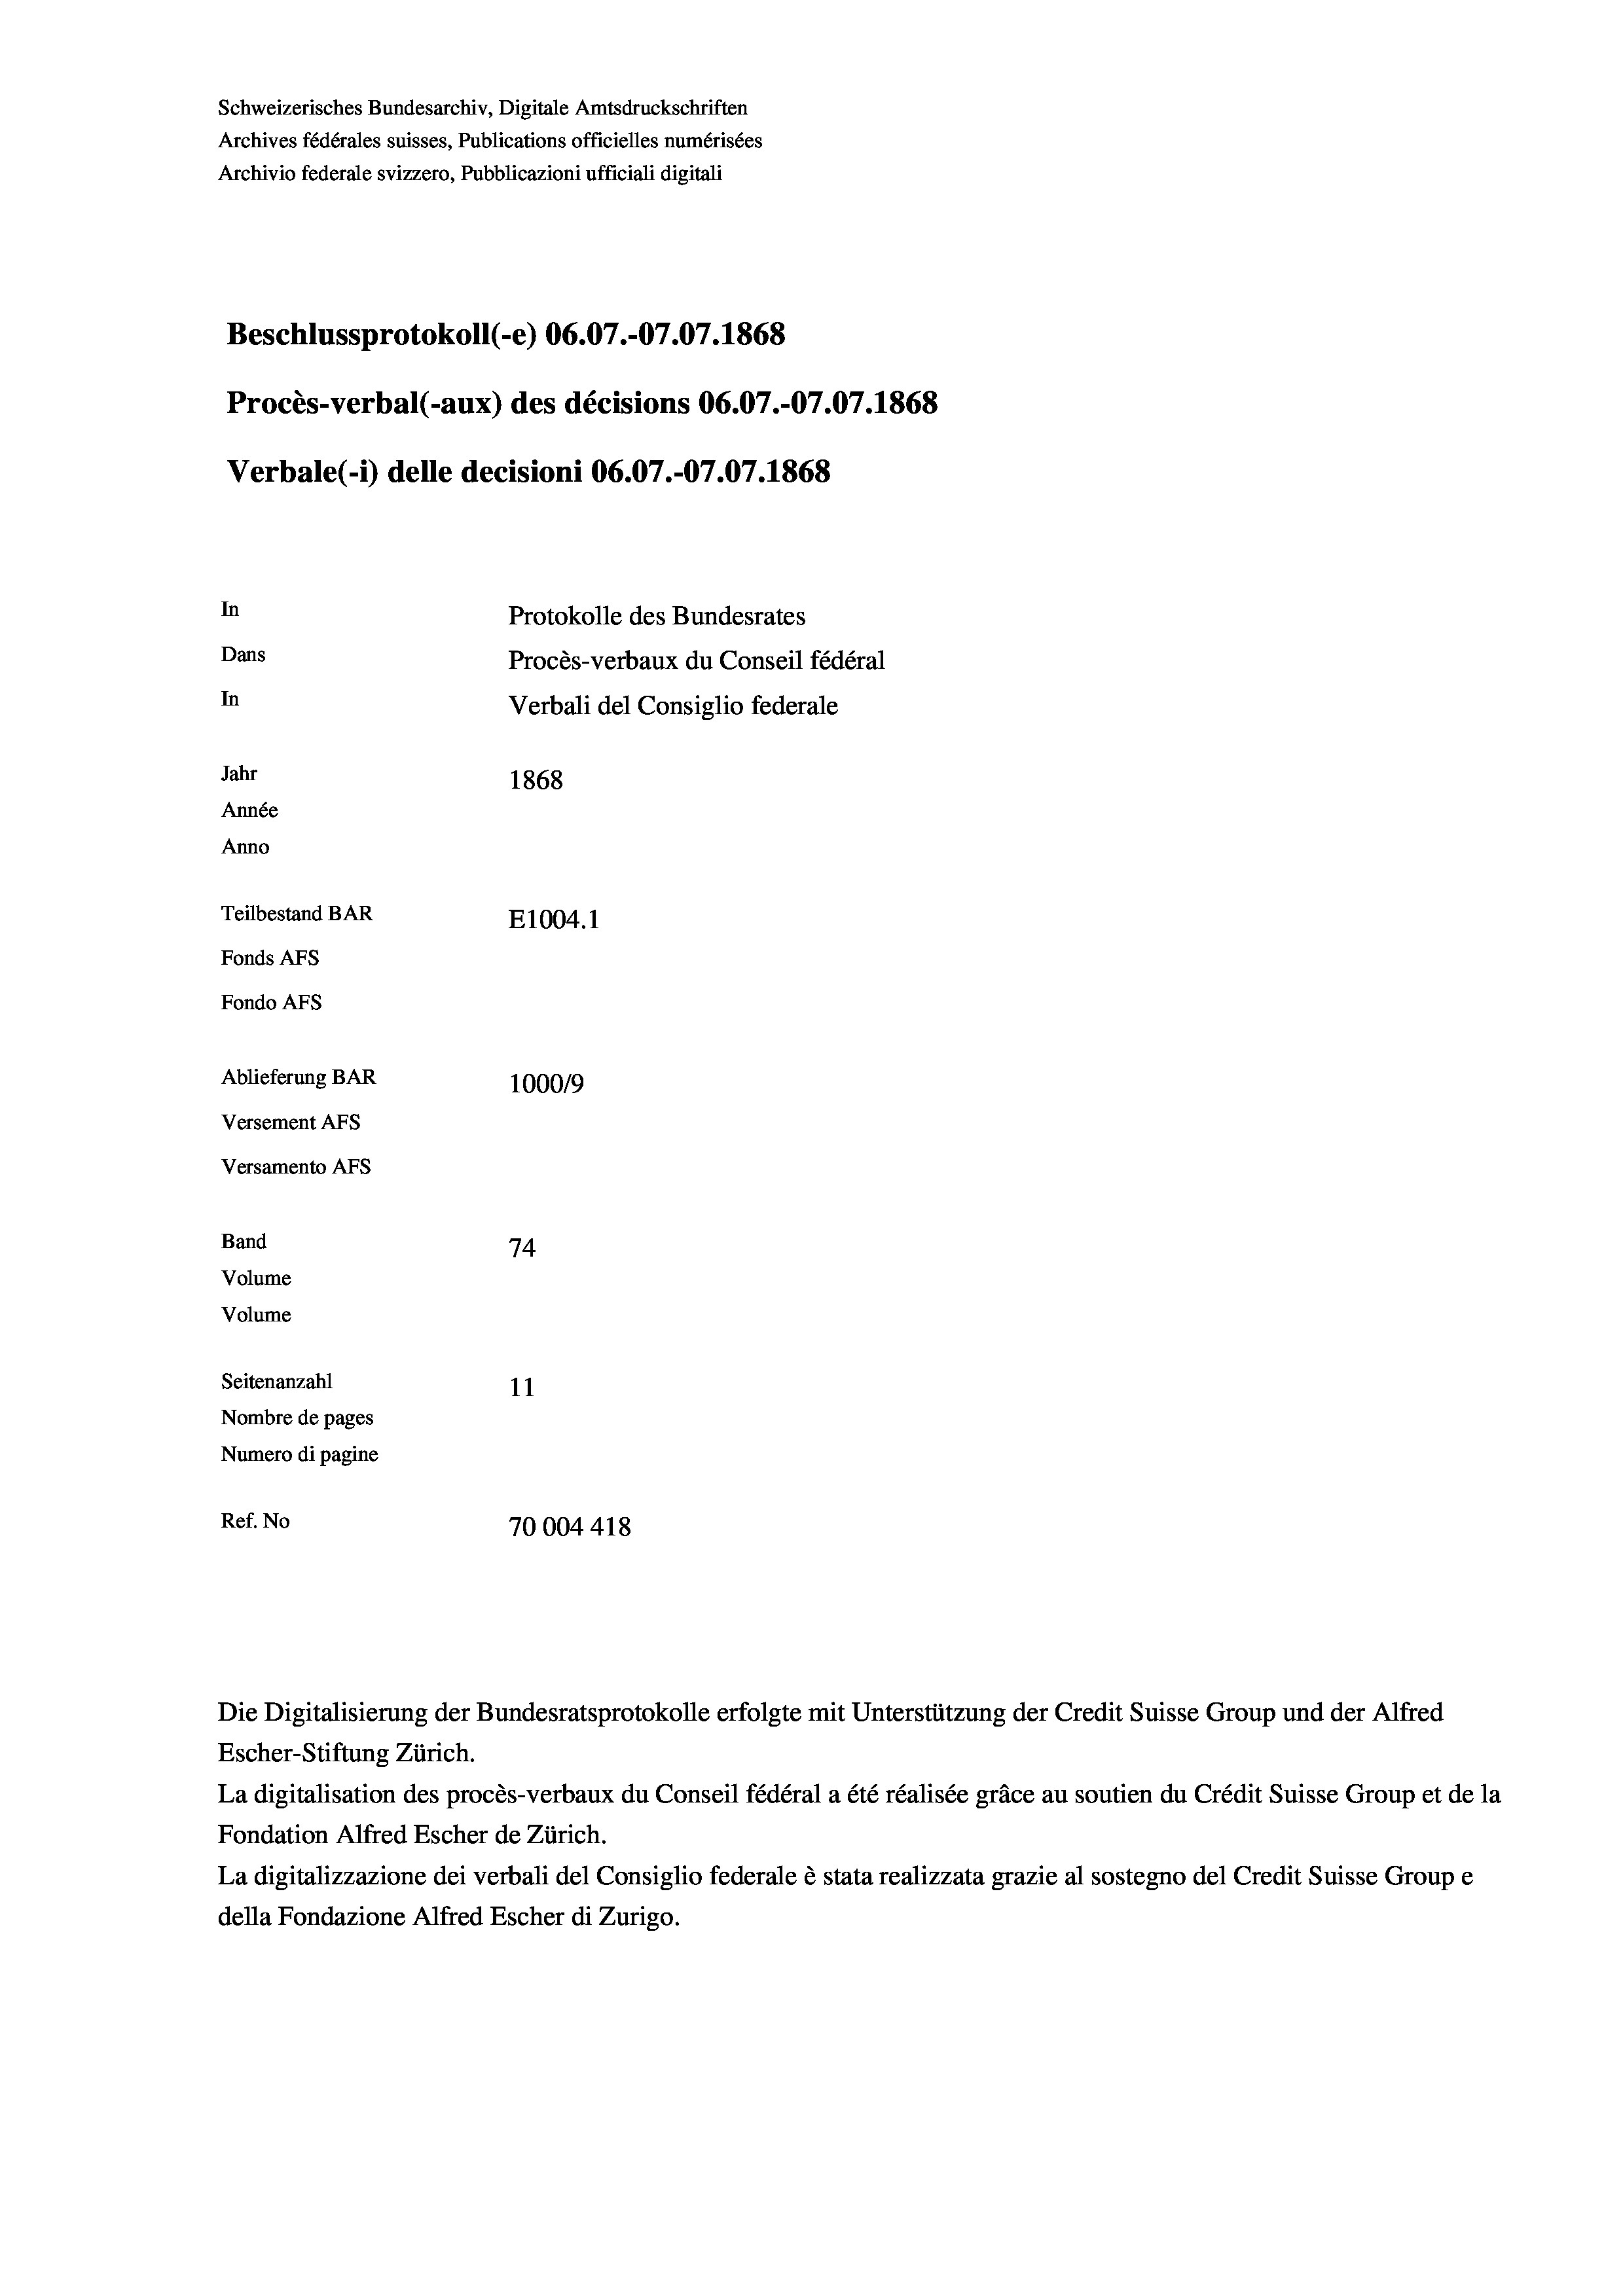
Schweizerisches Bundesarchiv, Digitale Amtsdruckschriften
Archives fédérales suisses, Publications officielles numérisées
Archivio federale svizzero, Pubblicazioni ufficiali digitali
Beschlussprotokoll (-e) 06.07.-07.07. 1868
Procès-verbal (-aux) des décisions 06.07.-07.07. 1868
Verbale (1) delle decisioni 06.07.-07.07. 1868
In
Protokolle des Bundesrates
Dans
Procès-verbaux du Conseil fédéral
In
Verbali del Consiglio federale
Jahr
1868
Année
Anno
Teilbestand BAR
E1004. 1
Fonds AFs
Fondo AFS
Ablieferung BAR
1000/9
Versement AFs
Versamento Afs
Band
74

Seitenanzahl
11
Nombre de pages
Numero di pagine
Ref. No
70004 418

Volume
Volume

Die Digitalisierung der Bundesratsprotokolle erfolgte mit Unterstützung der Credit Suisse Group und der Alfred
Escher-Stiftung Zürich.
La digitalisation des procès-verbaux du Conseil fédéral a été réalisée gräce au soutien du Crédit Suisse Group et de la
Fondation Alfred Escher de Zürich.
La digitalizzazione dei verbali del Consiglio federale è stata realizzata grazie al sostegno del Credit Suisse Groupe
della Fondazione Alfred Escher di Zurigo.